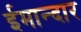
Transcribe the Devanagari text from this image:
ईमान्दार